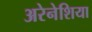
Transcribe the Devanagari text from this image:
अरेनेशिया